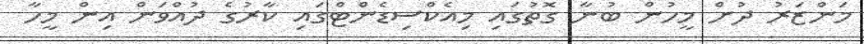
މަންޒަރު ދުށް މީހުން ބުނާ ގޮތުގައި މިއެކްސިޑެންޓްގައި ކާރުގެ ދުއްވަން އިން މީހާ